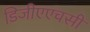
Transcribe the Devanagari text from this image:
डिजीएएचसी